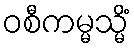
ဝစီကမ္မသ္မိံ